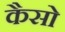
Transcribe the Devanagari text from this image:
कैसो